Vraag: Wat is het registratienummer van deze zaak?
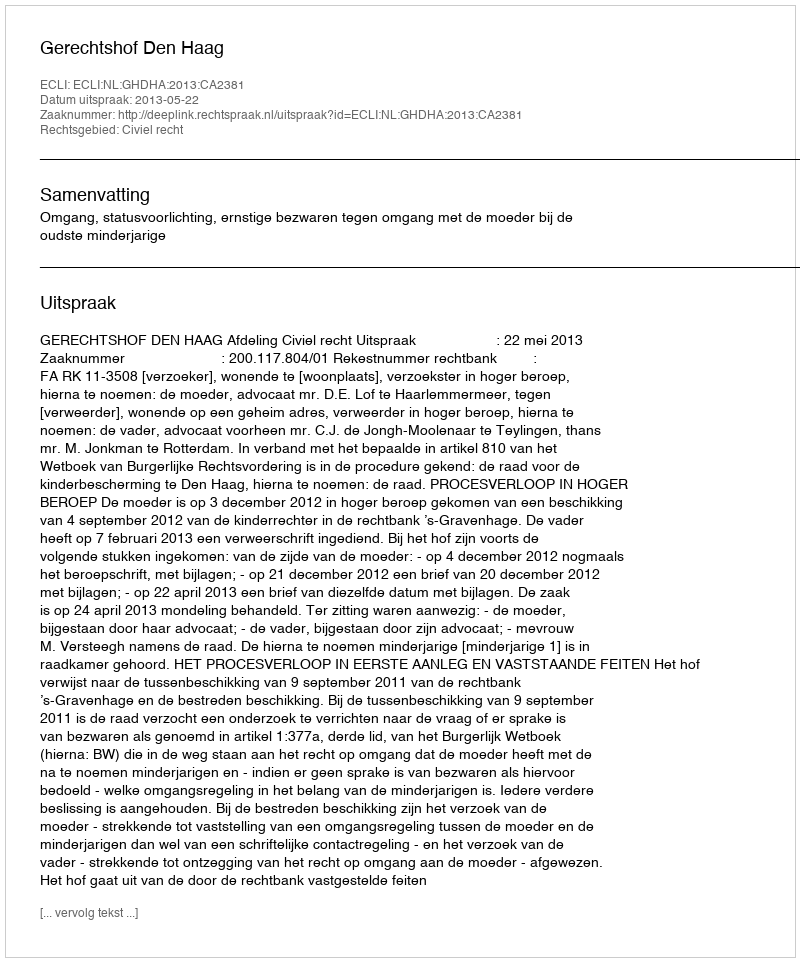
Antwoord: http://deeplink.rechtspraak.nl/uitspraak?id=ECLI:NL:GHDHA:2013:CA2381